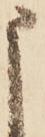
申